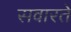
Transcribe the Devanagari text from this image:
सवारते